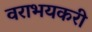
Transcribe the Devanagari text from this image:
वराभयकरी